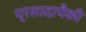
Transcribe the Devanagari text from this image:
प्रसादापैकी